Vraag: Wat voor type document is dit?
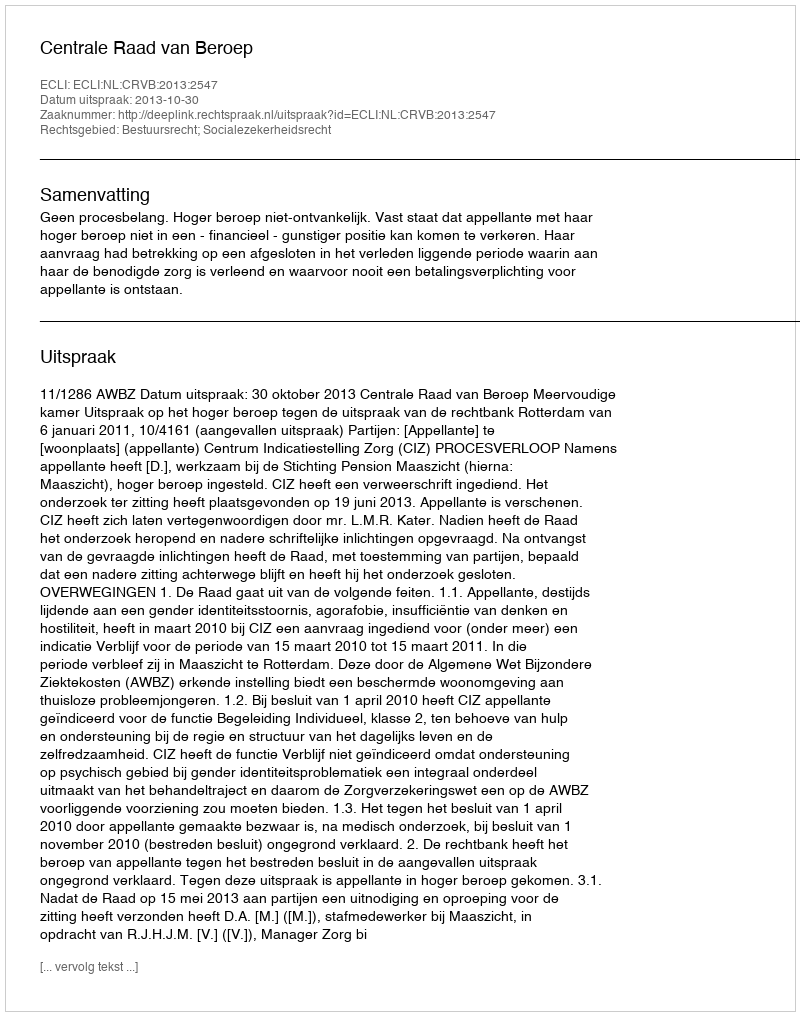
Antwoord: Uitspraak